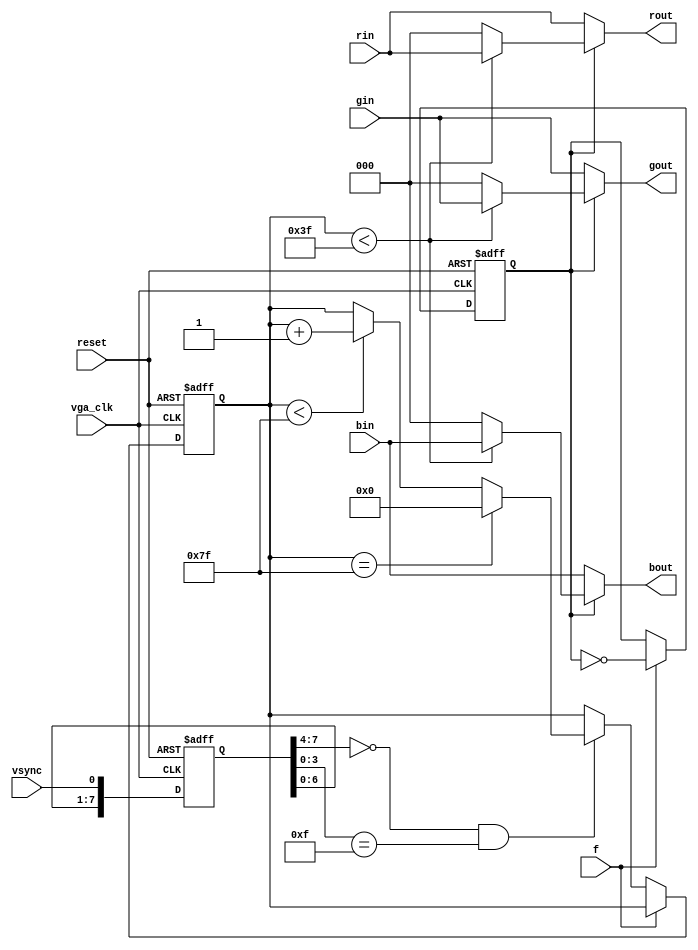
module bonus(vga_clk,reset,f,vsync,rin,gin,bin,rout,gout,bout);
input reset,vsync,f,vga_clk;
input [2:0] rin,gin,bin;
output [2:0] rout,gout,bout;
reg[6:0] counterv;
reg f_state;
reg [7:0]samples;
wire rising_edge;

always @(posedge vga_clk or posedge reset)
begin
if (reset) samples <= 8'd0;
else samples <= {samples[7:0], vsync};
end
    assign rising_edge = (samples[7:4] == 4'h0) & (samples[3:0] == 4'hF);

always @(posedge vga_clk or posedge reset )
begin

    if(reset)
    begin
        counterv<=7'd0;
        f_state<=1'd0;
    end
    else
    begin
        if(f==1'b1)  f_state<=~f_state;
        else if(rising_edge)
        begin
            if(counterv==127) counterv<=7'd0;
            else if(counterv<127) counterv<=counterv+1'd1;
        end
   end
end


assign rout =(f_state )? (counterv<63)? rin:3'b000:rin;
assign gout =(f_state )? (counterv<63)? gin:3'b000:gin;
assign bout =(f_state )? (counterv<63)? bin:3'b000:bin;

endmodule